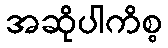
အဆိုပါကိစ္စ